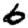
Digit: 6